Civil Veterinary Department Bihar & Orissa reports 1911-21 - 1911-1921
Year: 1911
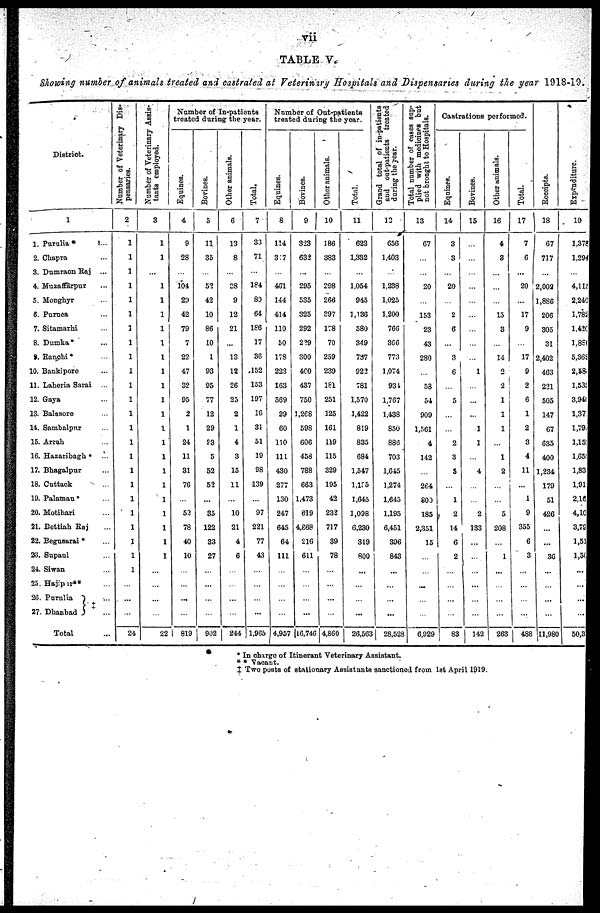
vii
TABLE V.
Showing number of animals treated and castrated at Veteriniry Hospitals and Dispensaries during the year 1918-19.
District.
1
1. Purulia *
...
2. Chapra ...
3. Dumraon Raj ...
4. Muzaffarpur ...
5. Monghyr ...
6. Purnea ...
7. Sitamarhi ...
8. Dumka* ...
8. Ranchi* ...
10. Bankipore ...
11. Laheria Sarai ...
12. Gaya ...
13. Balnsore ...
14. Sambalpur ...
15. Arrah ...
16. Hazaribagh ...
17. Bhagalpur ...
18. Cuttack ...
19. Palamau* ...
20. Motihari ...
21. Bettiah Raj ...
22. Begusarai * ...
28. Supaul ...
24. Siwan ...
25. Hajipur** ...
26. Purulia ...
27. Dhanbad ...
Total ...
Number of Veterinary Dis-
pensaries.
2
1
1
1
1
1
1
1
1
1
1
1
1
1
1
1
1
1
1
1
1
1
1
1
1
...
...
...
24
Number of Veterinary Assis-
tants employed.
3
1
1
...
1
1
1
1
1
1
1
1
1
1
1
1
1
1
1
1
1
1
1
1
...
...
...
...
22
Number of In-patients
treated during the year.
Equines.
4
9
28
...
104
29
42
79
7
22
47
32
95
2
1
24
11
31
76
...
52
78
40
10
...
...
...
...
819
Bovines.
5
11
35
...
52
42
10
86
10
1
93
95
77
12
29
23
5
52
52
...
35
122
33
27
...
...
...
...
902
Other animals.
6
13
8
...
28
9
12
21
13
12
26
25
2
1
4
3
15
11
...
10
21
4
6
...
...
...
...
244
Total.
7
33
71
...
184
80
64
186
17
36
,152
153
197
16
31
51
19
98
139
...
97
221
77
43
...
...
...
...
1,965
Number of Oat-patients
treated during the year.
Equines.
8
114
317
...
461
144
414
110
50
178
223
163
569
29
60
110
111
430
277
130
247
645
64
111
...
...
...
...
4,957
Bovines.
9
323
632
295
535
325
292
229
300
400
437
750
1,268
598
606
458
788
663
1,473
619
4,868
216
611
...
...
...
...
16,746
Other animals.
10
186
383
298
266
397
178
70
259
239
181
251
125
161
119
115
329
195
42
232
717
39
78
...
...
...
...
4,860
Total.
11
623
1,332
...
1,054
945
1,136
580
349
787
922
781
1,570
1,422
819
835
684
1,547
l,135
1,645
1,098
6,230
319
800
...
...
...
...
26,563
Grand total of in-patients
and out-patients treated
during the year.
12
656
1,403
...
1,238
1,025
1,200
766
366
773
1,074
934
1,767
1,438
850
886
703
1,645
1,274
1,645
1,195
6,451
396
843
...
...
...
...
28,528
Total number of cases sup-
plied with medicines but
not brought to Hospitals.
13
67
...
...
20
...
153
23
43
280
...
58
54
909
1,561
4
142
264
800
185
2,351
15
...
...
...
...
...
6,929
Castrations performed.
Equines.
14
3
3
...
20
...
2
6
...
3
6
...
5
...
...
2
3
5
1
2
14
6
2
...
...
...
83
Bovines.
15
...
...
...
...
...
...
...
...
...
1
...
...
...
1
1
4
2
133
...
...
...
...
...
...
142
Other animals.
16
4
3
15
3
14
2
2
1
1
1
1
2
5
208
...
1
...
...
...
...
263
Total.
17
7
6
...
20
17
9
17
9
2
6
1
2
3
4
11
1
9
355
6
3
...
...
...
...
488
Receipts.
18
67
717
...
2,002
1,886
206
305
31
2,402
463
221
505
147
67
635
400
1,234
179
51
426
...
...
36
...
...
...
11,980
Expenditure.
19
1,378
1,294
...
4,115
2,240
1,782
1,420
1,8S(
5,369
2,584
1,535
3,94(
1,37.
1,79.
1,15:
1,65
1,83
1,91
2,16
4,10
3,7S
1,51
1,5(
...
...
...
...
50,3
* In charge of Itinerant Veterinary Assistant.
* * Vacant.
‡ Two posts of stationary Assistants sanctioned from 1st April 1919.